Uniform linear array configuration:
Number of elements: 16
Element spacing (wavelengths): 0.75
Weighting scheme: binomial
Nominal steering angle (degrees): -15
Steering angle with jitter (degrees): -13.186
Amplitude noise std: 0.05
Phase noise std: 0.05

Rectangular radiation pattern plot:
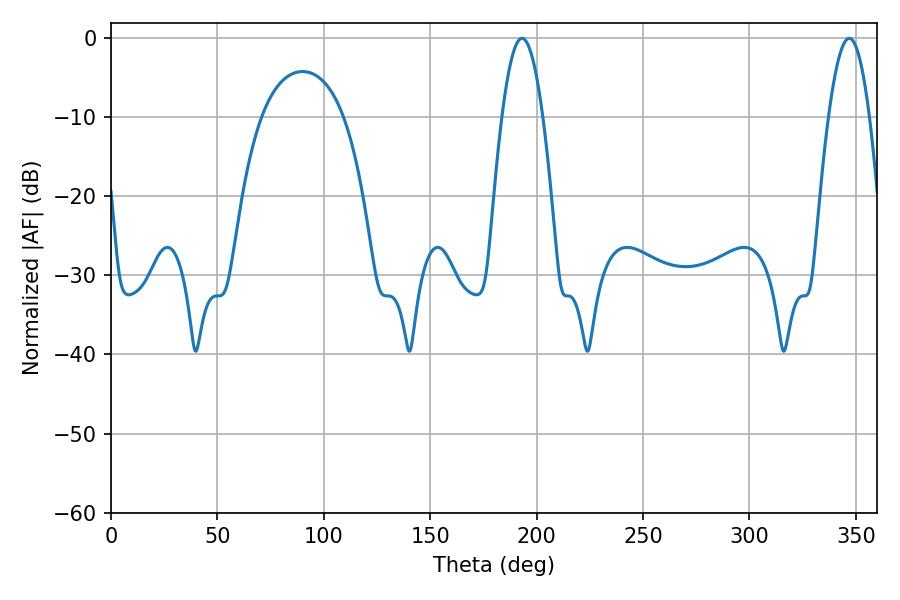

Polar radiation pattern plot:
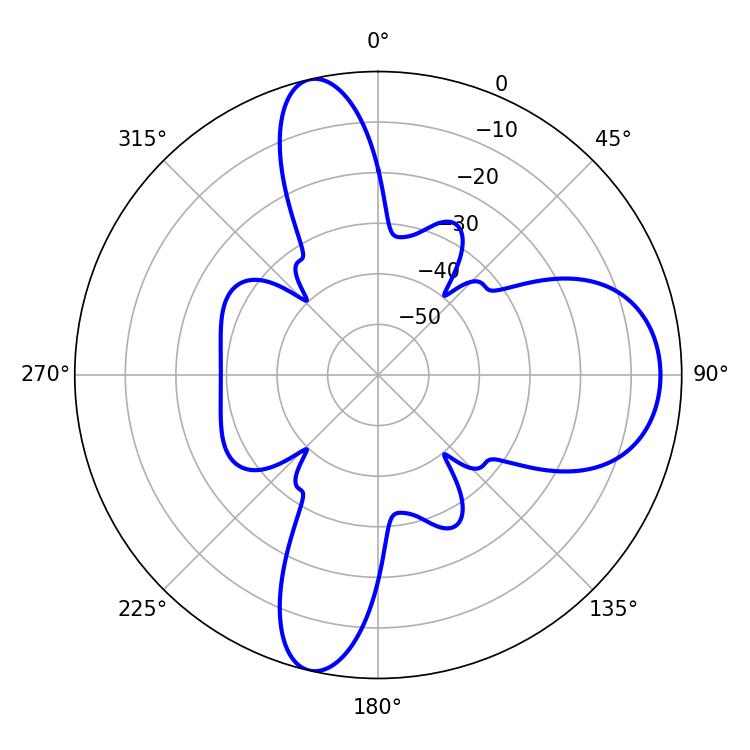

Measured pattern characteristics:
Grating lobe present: TRUE
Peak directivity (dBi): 12.934
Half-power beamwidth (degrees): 10.44
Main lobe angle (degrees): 193.14